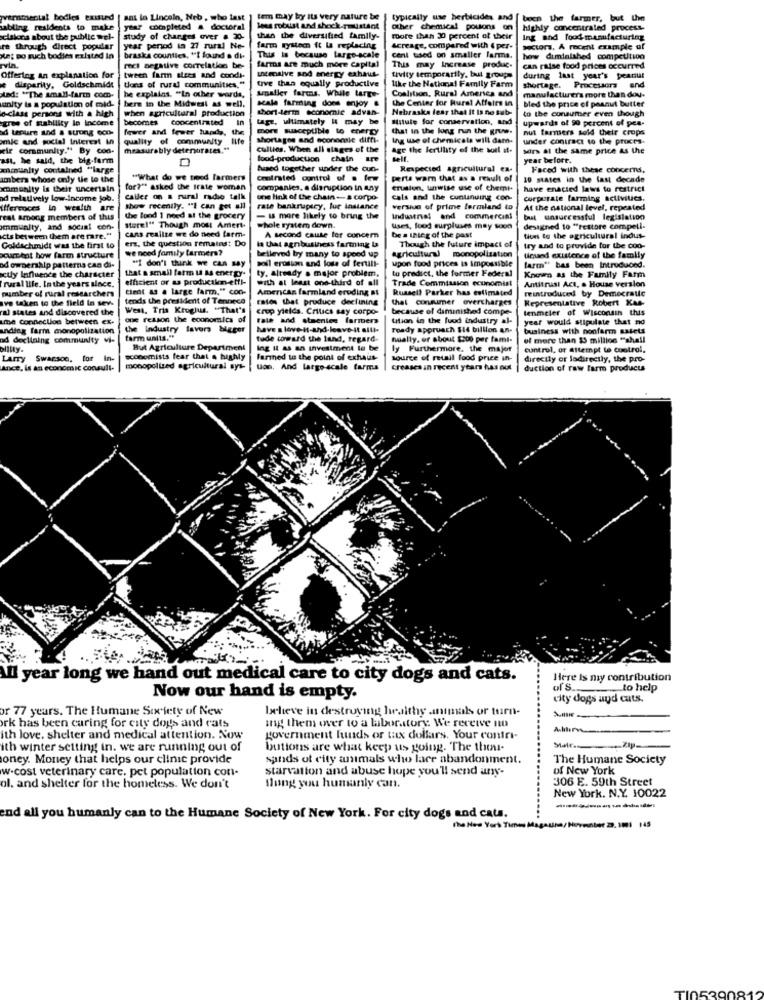
pvemmental bodies exisund
BEL in Lincoln, Neb , who last
tem may by its very nature be
typically use herbicides and
[ been the farmer, but the
abling residents to make
ytar completed a doctoral
lees robust and shock-mustant
Other chemical pouons on
highly concentrated process-
cisions about the public wel-
study of charges over a 30-
than the diversified family-
more than 30 percent of their
Ing and food-manufacturing
re through direct popular
year period in 27 rural Ne-
farm system it la replacing
Acreage, compared with ( per-
Doctors, A recent example of
in: Do such bodies existed in
braska counties, "I found a di-
This is because large-scale
cent used on smaller larma.
how diminished competition
rvia.
reci negative correlation be-
farms are much more Capital
This may Increase produc.
can raise food prices occurred
Offering an explanation for
tween farm stees and condi-
utmlive and energy exhaus.
tive than equally productive
tivity temporarily, but group
during last year's peanut
disparity, Goldschmidt
tons of rural communities."
Ampalier farms. While Large-
Coalition, Rural America and
Like the National Family Farm
shortage. Processors and
And: "The small-farm com-
unity is a population of mid-
here in the Midwest as well.
he explains. "In other words,
scale farming dons enjoy .
the Center for Rural Affairs in
manufacturers more than dou-
bled the price of peanut butter
o-class persons with a high
when agricultural production
short-term economie advan-
Nebraska fear that It Is no sub-
to the consumer even though
gras of stability le income
becomes concentrated
tage, ultimately it may be
statute for conservation, and
upwards of 90 percent of pea-
d tapure and a strong eco-
fewer and fewer hands, the
more susceptible to energy
that in the long run the grue.
nut farmers sold their crops
mic and social Interest in
quality of community life
shortages and econonsie diffi-
Ing use of chemicals will dam.
under contract to the proces-
wir community." By con-
measurably detenurates."
cullies. When all stages of the
Age the fertility of the soil it-
sors at the same price as the
ast, he said, the big-farm
food-production chain ire
Self.
year before.
anmunity contained "large
Buused together under the cun-
Respected agricultural en-
Faced with these concerns,
umbers whose only the lo the
"What do we trend farmers
Comoinated control of . lew
perte wam that as a result of
10 states in the last decade
xomunity is their uncertain
for?" asked the Irate woman
companies, a disruption in any
eruilen, unwise use of chemi-
have enacted laws to restrict
d relatively low-income job.
caller on a rural radio talk
one link of the chain-a corpo-
cals and the continuing con-
corporate farming activities.
ifferences in wealth are
show recently. ""I can get all
rate bankruptcy, lue instance
version of prime fermiand to
At the national level, repeated
eat among members of this
the lond I need at the grocery
- is more likely to bring the
Industrial and commercial
but unsuccessful legislation
immunity, and social con-
cans realize we do need farm-
store!" Though most Amert-
whole system down.
uses, food surpluses may soon
designed to "restore compell-
cts between them are rare."
erz, the question remains: Do
A second cause fer concern
be a thleg of the past
Though the future impact of
tices to the agricultural indus-
Goldschmidt was the first to
we nood family farmers?
la that agribusiness farming ba
try and to provide for the cod-
ocurthat bow farm structure
belleved by many to speed up
soll erosion and loss of fertili-
agricultural monopolization
tinund existence of the family
od ownership patterna can di-
that a small farm La As energy.
"I don't think we can say
ty. already a major problem,
upon food prices is impossible
tu predict, the former Federal
farm" bas been Introduond.
ctly Influence the character
rural life. In the years since.
efficient or as productkm-etfi-
with at least one-third of all
Trade Commission economist
Antitrust Act, . House version
Known as the Family Farm
number of rural researchers
cient &s . large farm." con-
American farmland eruding at
Russell Parker has estimated
reintroduced by Democratie
ve taken to the field In sevs
tends the president of Tennece
Entos that produce declining
that consumer overcharges
Representative Robert Kas-
ral states and discovered the
West. Tris Kroglus. "That's
crop yields. Critics say corpo-
because of diminished compe-
tenmeler of Wisconsin this
me Connection between ex-
one reason the economics of
rate and etmenice farmers
tition in the food industry al-
year would stipulate that no
unding farm monopolization
the Industry favers bigger
have s love-it-and-leave-it alli.
Fondy approach SI4 billion an-
business with nonfarm assets
od declining community vi-
farm units."
tude toward the land, regard-
tually, or about $300 per fami-
of more than $5 million "shall
alltty.
But Agriculture Department
Ing It as an investment le be
ly Furthermore, the major
control, or attempt to control,
Larry Swarson, for In-
economists fear that a highly
farthed to the point of exhaus-
source of retail food price in-
directly or ladirectly, the pro-
Ance, is an economic consull-
monopolized agricultural sys-
Uan, And large-scale farms
Creases in recent years has out
duction of raw farm products
All year long we hand out medical care to city dogs and cats.
Here Is my contribution
of s.
to help
Now our hand is empty.
city dogs and cats.
or 77 years. The Humane Society of New
believe in destroying healthy animals or turn-
ing them over to a laboratory. We receive no
ork has been caring for city dogs and cats
ith love. shelter and medical attention. Now
government funds or tax dollars. Your contri-
ith winter setting in. we are running out of
butions are what keep us going. The thou-
..... zap.
oney. Money that helps our clinic provide
sands ot city animals who lace abandonment.
The Humane Society
w-cost veterinary care. pet population con-
starvation and abuse hope you'll send any-
of New York
306 E. 59th Street
ol, and shelter for the homeless. We don't
dung you humanly can.
New York. N.Y. 10022
end all you humanly can to the Humane Society of New York. For city dogs and cats.
The New York Times Magauna/Hovenber 29. 1001 145
TI05390